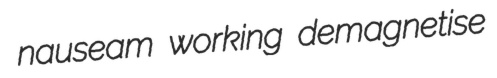
nauseam working demagnetise